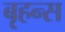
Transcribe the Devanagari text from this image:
बृहन्स